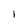
Character: l